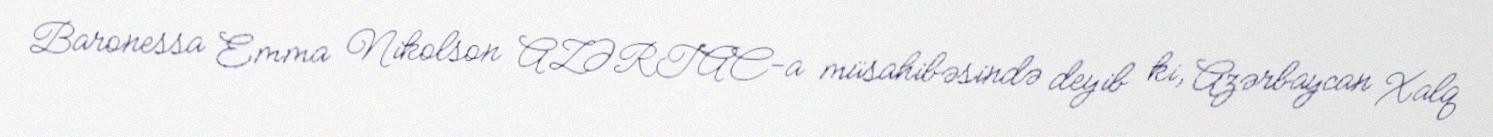
Baronessa Emma Nikolson AZƏRTAC-a müsahibəsində deyib ki, Azərbaycan Xalq